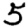
Digit: 5